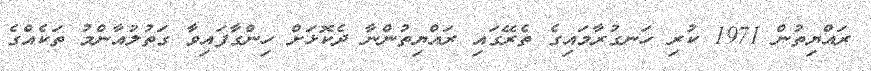
ރައްޔިތުން 1971 ކުރި ހަނގުރާމައިގެ ތެރޭގައި ރައްޔިތުންނާ ދެކޮޅަށް ހިންގާފައިވާ ގަތުލުއާންމު ތަކެއްގެ